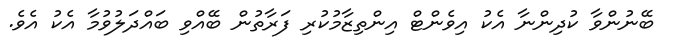
ބޭނުންވާ ކުދިންނާ އެކު އިވެންޓް އިންތިޒާމުކުރި ފަރާތުން ބޭއްވި ބައްދަލުވުމާ އެކު އެވެ.